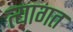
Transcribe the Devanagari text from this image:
त्यागत